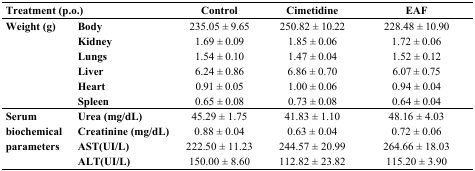
<table><thead><tr><td colspan="2"><b>Treatment (p.o.)</b></td><td><b>Control</b></td><td><b>Cimetidine</b></td><td><b>EAF</b></td></tr></thead><tbody><tr><td rowspan="6"><b>Weight (g)</b></td><td><b>Body</b></td><td>235.05 ± 9.65</td><td>250.82 ± 10.22</td><td>228.48 ± 10.90</td></tr><tr><td><b>Kidney</b></td><td>1.69 ± 0.09</td><td>1.85 ± 0.06</td><td>1.72 ± 0.06</td></tr><tr><td><b>Lungs</b></td><td>1.54 ± 0.10</td><td>1.47 ± 0.04</td><td>1.52 ± 0.12</td></tr><tr><td><b>Liver</b></td><td>6.24 ± 0.86</td><td>6.86 ± 0.70</td><td>6.07 ± 0.75</td></tr><tr><td><b>Heart</b></td><td>0.91 ± 0.05</td><td>1.00 ± 0.06</td><td>0.94 ± 0.04</td></tr><tr><td><b>Spleen</b></td><td>0.65 ± 0.08</td><td>0.73 ± 0.08</td><td>0.64 ± 0.04</td></tr><tr><td rowspan="4"><b>Serum biochemical parameters</b></td><td><b>Urea (mg/dL)</b></td><td>45.29 ± 1.75</td><td>41.83 ± 1.10</td><td>48.16 ± 4.03</td></tr><tr><td><b>Creatinine (mg/dL)</b></td><td>0.88 ± 0.04</td><td>0.63 ± 0.04</td><td>0.72 ± 0.06</td></tr><tr><td><b>AST(UI/L)</b></td><td>222.50 ± 11.23</td><td>244.57 ± 20.99</td><td>264.66 ± 18.03</td></tr><tr><td><b>ALT(UI/L)</b></td><td>150.00 ± 8.60</td><td>112.82 ± 23.82</td><td>115.20 ± 3.90</td></tr></tbody></table>